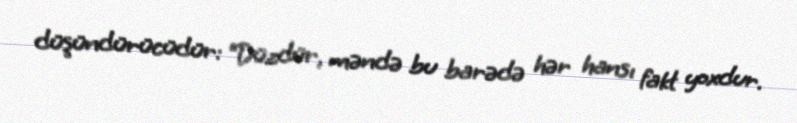
düşündürücüdür: “Düzdür, məndə bu barədə hər hansı fakt yoxdur.